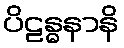
ပိဠန္ဓနာနိ